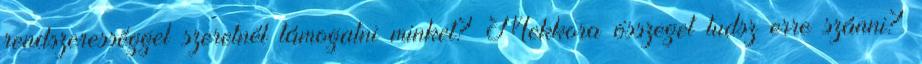
rendszerességgel szeretnél támogatni minket? Mekkora összeget tudsz erre szánni?